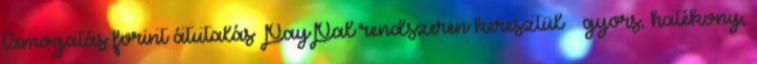
támogatás forint átutalás PayPal rendszeren keresztül gyors, hatékony,